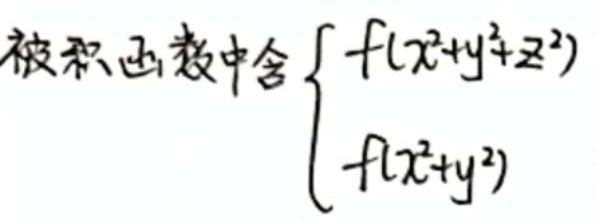
被积函数中含
\[
\begin{cases}
f(x^{2}+y^{2}+z^{2}) \\
f(x^{2}+y^{2})
\end{cases}
\]